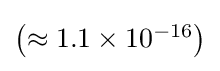
{\textstyle \left(\approx 1.1\times 10^{-16}\right)}